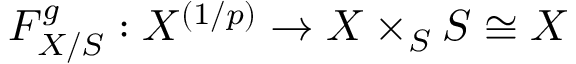
F _ { X / S } ^ { g } : X ^ { ( 1 / p ) } \to X \times _ { S } S \cong X